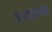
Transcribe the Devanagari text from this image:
महापदमनंद